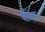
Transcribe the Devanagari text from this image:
बारेठ